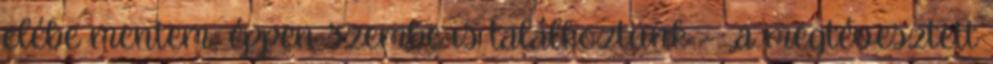
elébe mentem; éppen szembe is találkoztunk – „a megtévesztett